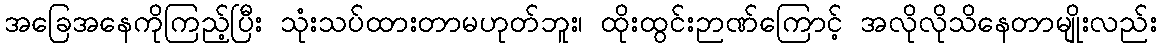
အခြေအနေကိုကြည့်ပြီး သုံးသပ်ထားတာမဟုတ်ဘူး၊ ထိုးထွင်းဉာဏ်ကြောင့် အလိုလိုသိနေတာမျိုးလည်း